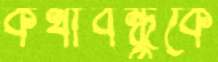
কথাবন্ধুকে